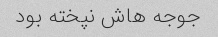
جوجه هاش نپخته بود